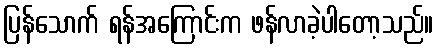
ပြန်သောက် ရန်အကြောင်းက ဖန်လာခဲ့ပါတော့သည်။